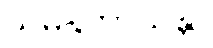
သမနုဘာသန္တာ